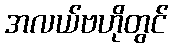
အလယ်ဗဟိုတွင်